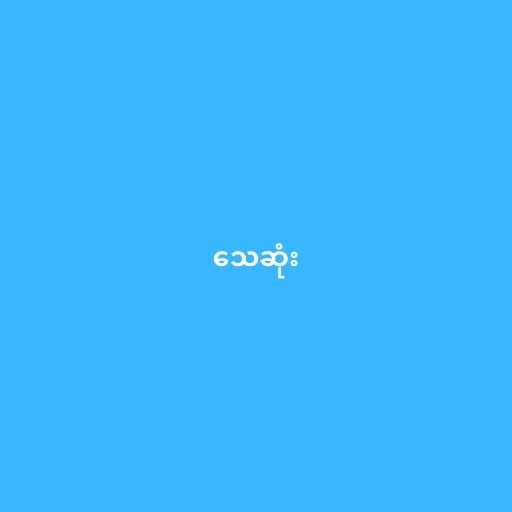
သေဆုံး